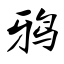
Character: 鸦